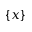
\{ x \}